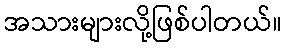
အသားများလို့ဖြစ်ပါတယ်။